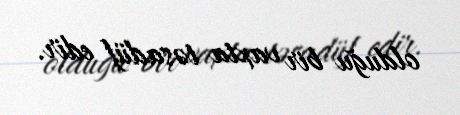
olduğu bir vaxta təsadüf edir.